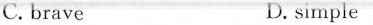
C. brave D. simple